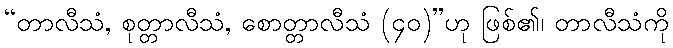
“တာလီသံ, စုတ္တာလီသံ, စောတ္တာလီသံ (၄၀)”ဟု ဖြစ်၏၊ တာလီသံကို